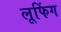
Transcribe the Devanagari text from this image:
लूफिंग